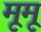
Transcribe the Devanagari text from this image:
मूमू